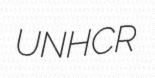
UNHCR